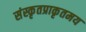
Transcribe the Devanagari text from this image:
संस्कृतप्राकृतमय